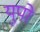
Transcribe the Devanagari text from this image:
युपो